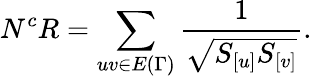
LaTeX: N^{c}R=\sum_{uv\in E{(\Gamma)}}\frac{1}{\sqrt{S_{[u]}S_{[v]}}}.